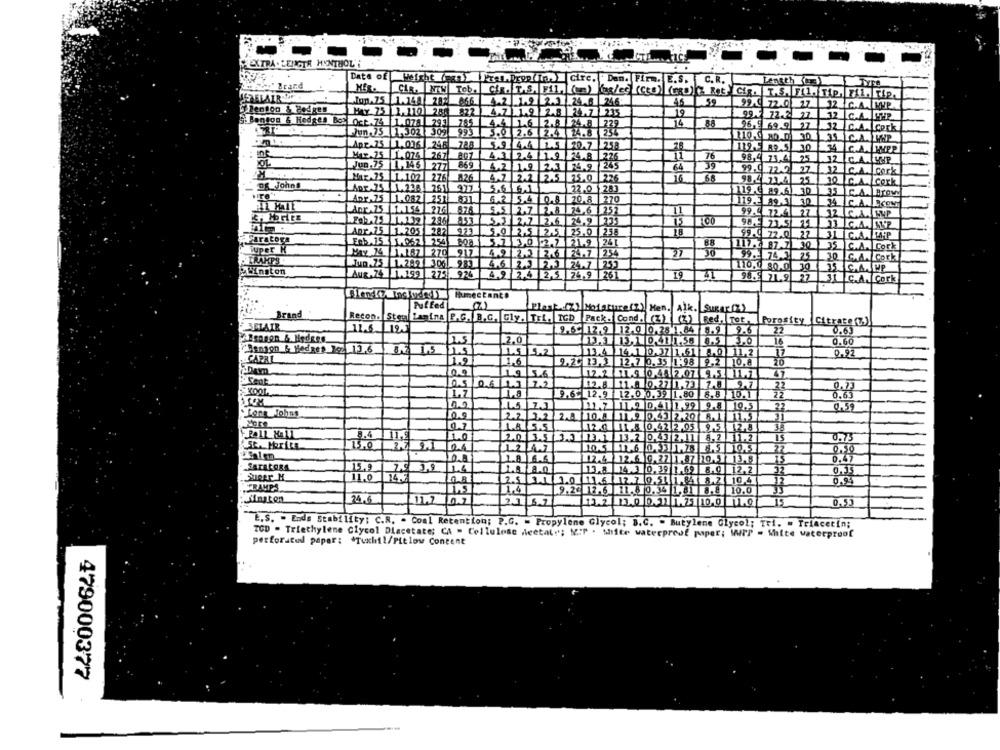
EXTRA . LENGTH MENTHOL'i
Date of Weight () [ren. Drop in. Circ. Dan. Firm. E.S. C.R.
Length El
B&Type
." Brand
Jun.75 1.148 282 866 4.2 .9 2.1 24.6 246
46
.59
99.9 72.0 27
32 C.A.PHP
Benton & Hodges
Hay 75 1,110 286 822 4.7 1.2 2.8 24.7 235
19
99.7 72.2 27
32 C.A.CPP
Benton & Hedges Boa Oct.75 1.07] 295 785 4.4 1.6 2.8 24.8 229
14
96.5 69.9 27
32 C.A. Cork
Hun,75 1.302 309 993
5.0 2.6 2.4 24.8 254
110.9 80.0 30
35 C.A. PHP
Apr.75 1.036 248 788
5.9 4.4 1.5 20.7 258
119. 89.5 30
74 C.A. HAPP
Max.75 1.074 | 267 807
4.3 2.4 1.9 74.8 226
76
98.4 71.4 25
Jun,75 1, 146 277 869
4.2 1.9 2.3 F4.9 245
12 CA.H.P
64
39
99.4 72 77
32 C.ACork
Mar.75 1.102 276
:26
4.7 2.2 2.5 75.0 226
16
98.4 1.4 25
20 C.A. Cork
DE Johns
Apr.75 1.238 251 997
22.0 283
119. 9.6) 30
35 CA.
ADr.75 1.082| 251
831
6.2 5.4 0.8 20.8 270
119.2 89. 3 . 30
24 C.A.
LAnr.75
276
5.5 2.7 2.8 74.6 252
, MOFIRE
99.4 72.4 27
12 C.A. HP
Feb, 25 1.139 |286 853
5.3 2.7 2.6 74.9 [23
98.2 77.5 .11
ADr.75 1.205
282 973
5.0 2.5 2.5 25.0 258
18
Faratora
88
99.9 72.0 .22
31 |C.A.MP
Tuper K
Ecb, 15 1.062 254 208
5.7 3,0 2.7 21.9 24
117.7 87.7 30
35 C.A. Cork
May 74 1.187 270
917
27
30
99. 74.3.25
PIRAHPS
Jun. 75 1.289 306
30 G.A. Cork
983
4.6 2. 2.3 24.7 253
110.0 80.0 30
35 C.A. MP
Winston
Aug. 74 1.199 275 926
4.9 2.4 2,5 26.9 261
19
71
98.9 71.9 27
31 C.A. Cork
Puffed
Plast .(%) Motature(2) Men. Alk. Sugar (Z)
Brand
Recon. Stey Lamina
P.G. B.G. Gly. TrL. TCD |Pack. Cond. (.) (4) Bed, Tot.Porosity Citrato (7)
BELAIR
2.6 17,9 12.0 0.38 1.64 8.9 9.6
22
0.63
2.5
2.0
12.1 31 0 411.56 8.5 10
16
0.60
Denjon & Hedges cz 13,6
1.5
12.5
1.5 5.2
13.4 14.1 0.37 1.61 8.0 1.2
17
0.92
CAPRI
1.2
1.6
9.20 13.3 12.7 0. 35 1.98 9.2 10.8
20
12.2 .11.1 0.41 2.07 9. 1.1
47
2.2
06
12.8 11.0 0.27 1,73 7.
9.7
22
0.73
KOOL
1.7
1.8
9 6 12.9 12.0 0. 39 1.80 8.8 15.1
0.63
11.9 D.41 1,99 9.8 10.5
22
0,59
2.2. 1.2 2.A
10.0
1190.43 2.20 .1 1.5
More
0.1
LA 5.5
12.0
11.8. 0.42 2.05 9.5 . 12. 8
35
11.0
2.0 3.5 1.1
13.2 0.43 2. 11 8.2 1.2
15
0.75
10.4
10.5
27
0.50
1.8 6.6
17.4
12.6 0.27 1.87 10.5 13.8
0.47
FATALOgA
15.9
13.8
14 .3 0.39 1.69 8.0 12.2
32
11.0
2.5 3.1
10
111.6
12.7
10.51 1.84 8.2 10.4
0.91
FRAMPS
22
1,4
9.22 2.6 11. 3 0. 34 1,81
8.8 10.0
24.6
11.2
13.2 3.0 0.1 1. 5 10.0 1.0
15
0,53
E.S. - Ende Stability: C.R. - Coal Retention; P.G. = Propylene Glycol; B.C. " Butylene Glycol; Tri. = Triacetin;
TOD - Triethylene Glycol Diacetate; CA - Cellulose deetaty; N.P . Mifte waterproof paper; WrP = White waterproof
perforated paper : * Tuxiii/Pitlow Content
479000377